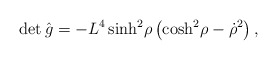
\begin{align*}\det \hat g = - L^4 \sinh^2\! \rho \left(\cosh^2\! \rho - {\dot\rho}^2\right) ,\end{align*}